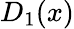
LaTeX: D_{1}(x)